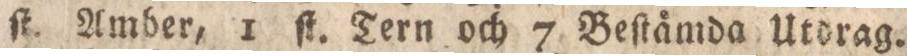
ſt. Amber, 1 ſt. Tern och 7 Beſtämda Utdrag.